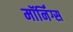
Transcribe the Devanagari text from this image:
मॉर्निंग्स